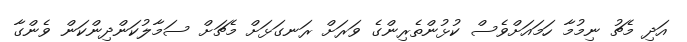
އަދި މެޗު ނިމުމާ ހަމައަށްވެސް ކުޅުންތެރިންގެ ވަރަށް ރަނގަޅަށް މެޗަށް ސަމާލުކަންދިންކަން ވެންގާ